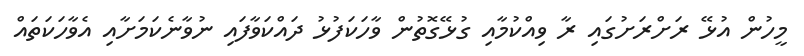
މީހުން އުޅޭ ރަށްރަށުގައި ރާ ވިއްކުމާއި ގުޅޭގޮތުން ވާހަކަފުޅު ދައްކަވާފައި ނުވާނެކަމަށާއި އެވާހަކަތައް